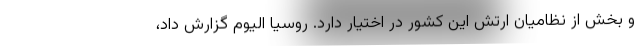
و بخش از نظامیان ارتش این کشور در اختیار دارد. روسیا الیوم گزارش داد،